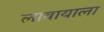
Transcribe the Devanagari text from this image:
लावायाला